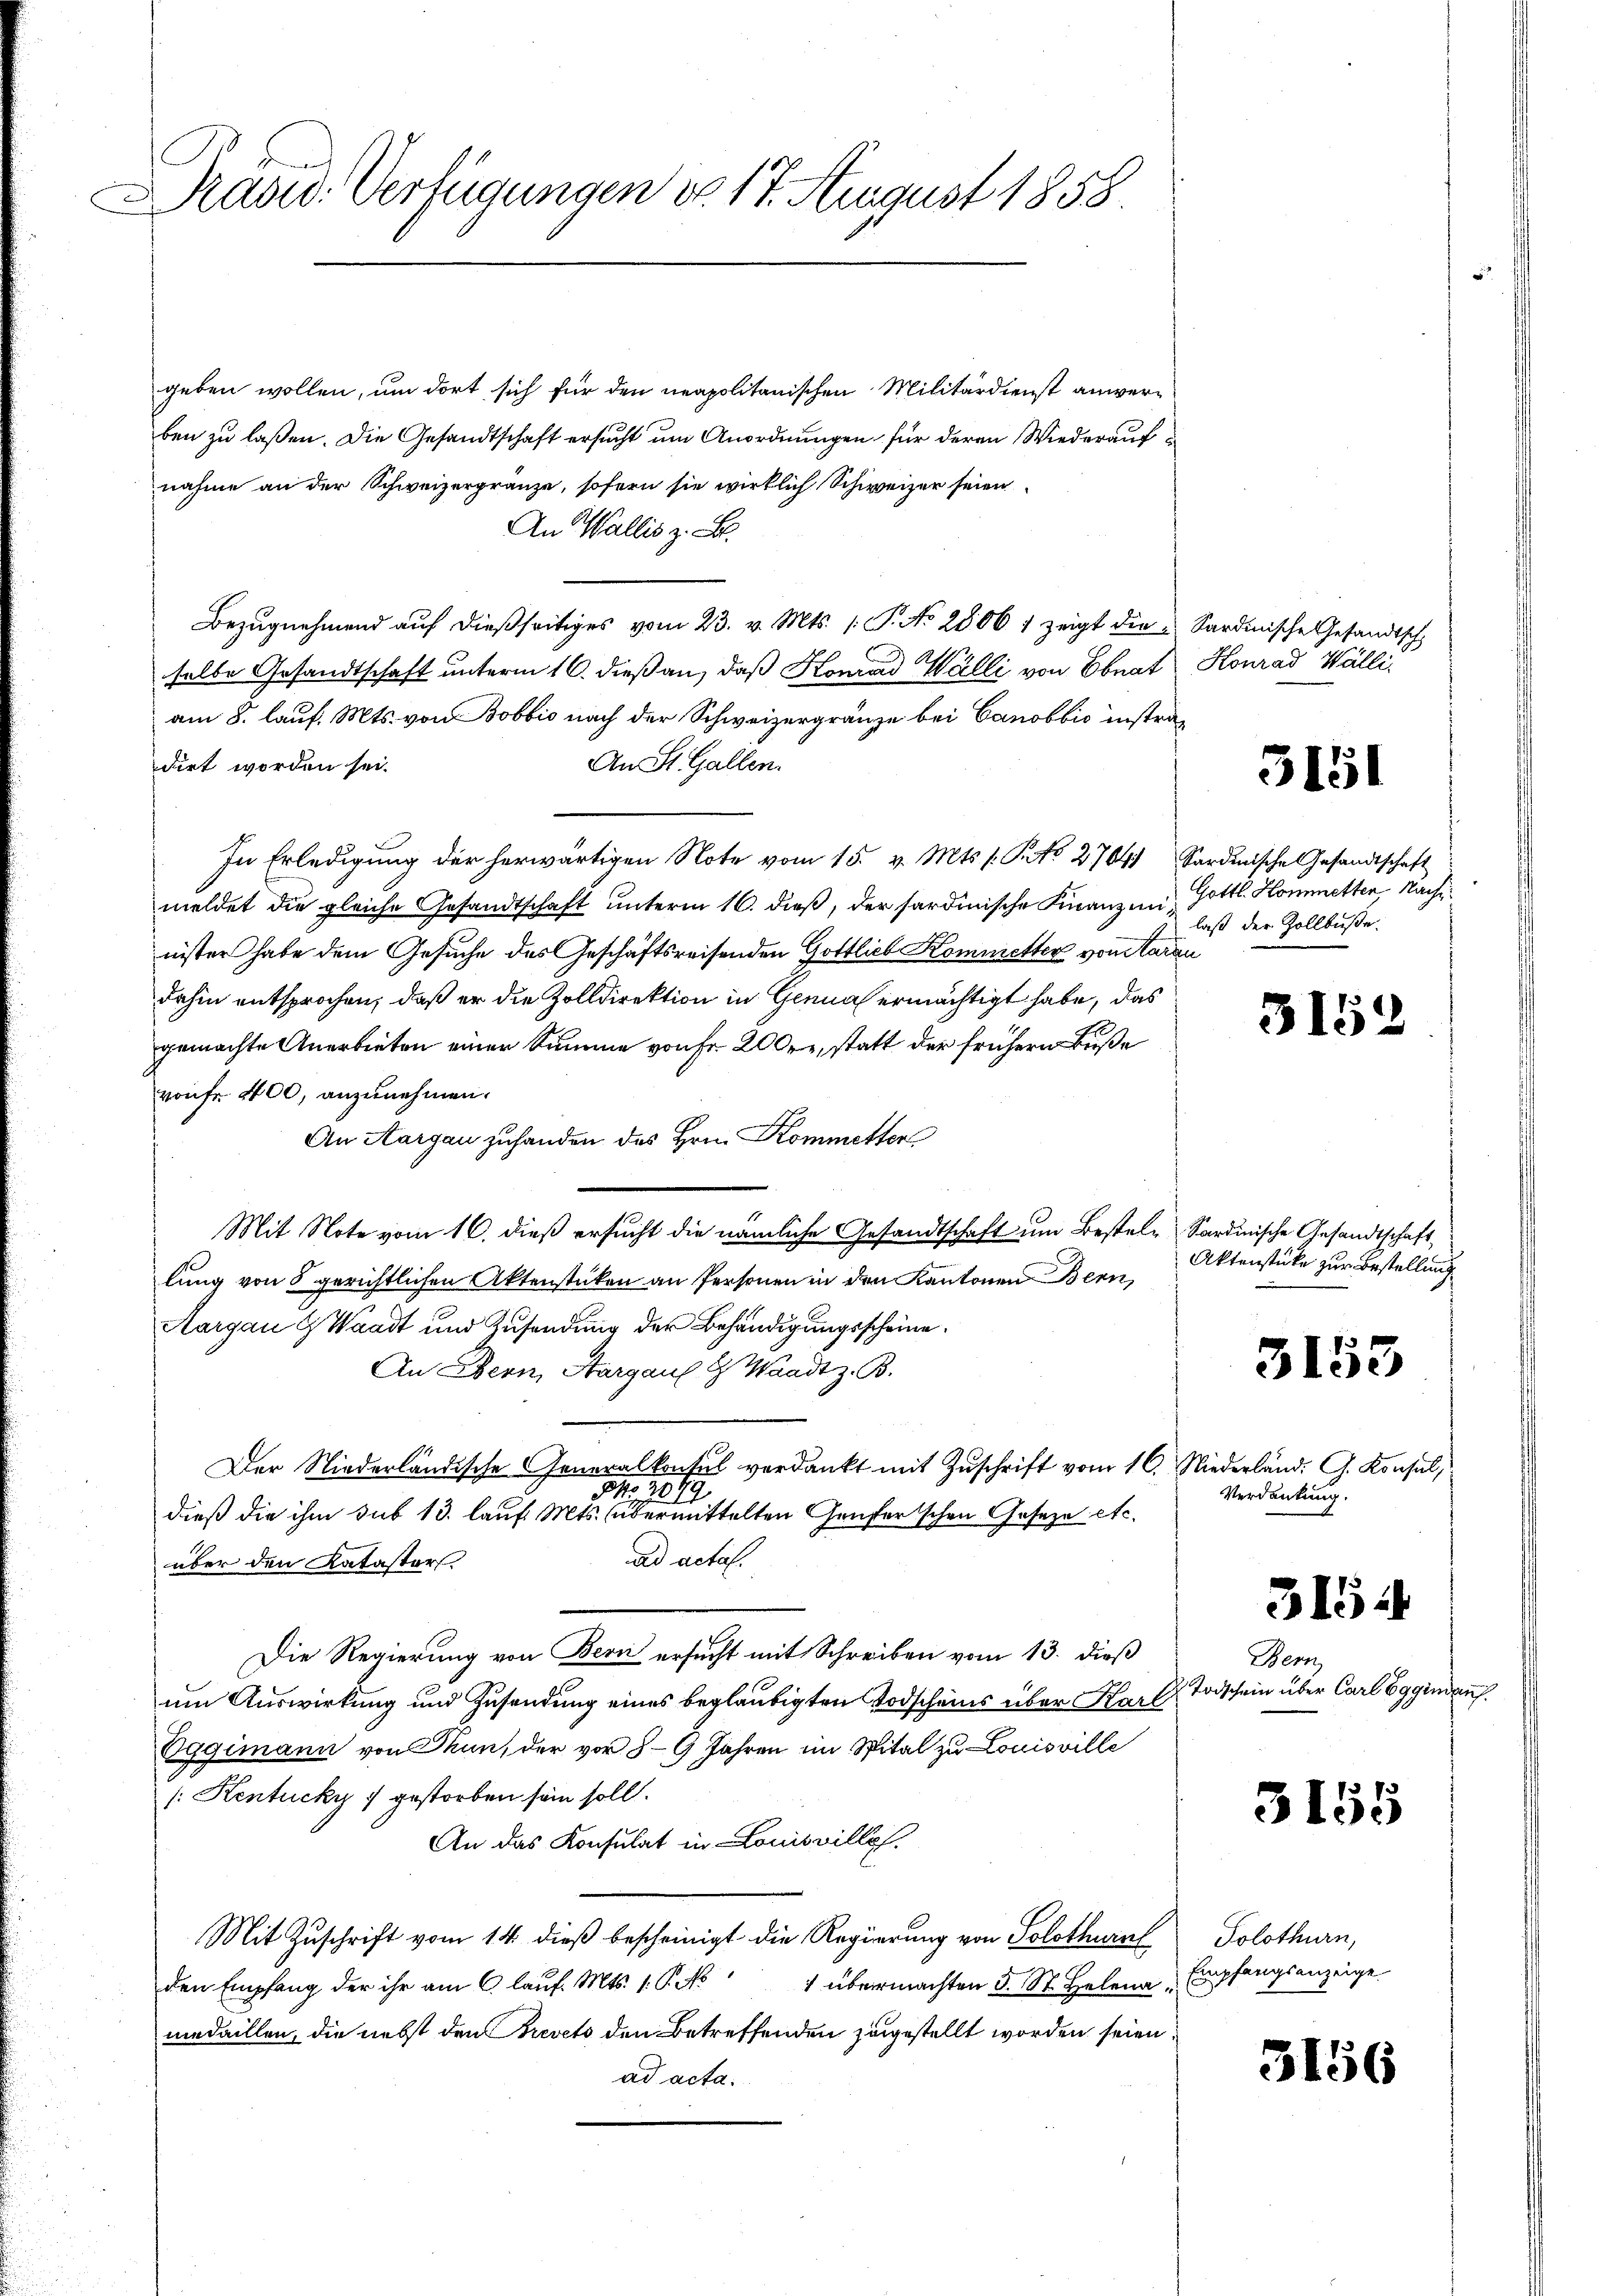
Präsid. Verfügungen do 17. August 1858.

geben wollen, um dort sich für den neapolitanischen Militärdienst anwerben zu laßen. Die Gesandtschaft ersucht um Anordnungen für deren Wiederaufnahme an der Schweizergränze, sofern sie wirklich Schweizer seien
An Wallis z. B.
Bezugnahmend auf dießseitiges vom 23. v. Mts. /: P. No 2506 : zeigt die Sardinische Gesandtsch
selbe Gesandtschaft unterm 16. dieß an, daß Konrad Walli von Ebnat
am 8. lauf. Mts. von Bobbio nach der Schweizergränze bei Canobbio instradirt worden sei.
An St. Gallen.
In Erledigung der herwärtigen Note vom 15. v. Mts. s. S. 2764 Sardinische Gesandtschaft
meldet die gleiche Gesandtschaft unterm 16. dieß, der sardinische Finanzminister habe dem Gesuche des Geschäftsreisenden Gottlich Kommetter von Aarau
dahin entsprochen, daß er die Zolldirektion in Genua ermächtigt habe, das
gemachte Anerbieten einer Summe von Fr. 200, statt der frühern Buße
von fr. 400, anzunehmen.
An Aargau zuhanden des Hrn. Kommetter
Mit Note vom 16. dieß ersucht die nämliche Gesandtschaft um Bestel- Sardinische Gesandtschaft
lung von 8 gerichtlichen Aktenstüken an Personen in den Kantonen Bern,
Aargau & Waadt und Zusendung der Behändigungsscheine
An Obern, Aargau & Waadt z. B.
Der Niederländische Generalkonsul verdankt mit Zuschrift vom 16. Niederländ. G. Konsul,
M. 1879
dieß die ihm sub 13. lauf Mts. übermittelten Genferischen Gesetze etc.
ad actal.
über den Katastors.
Die Regierung von Bern ersucht mit Schreiben vom 13. dieß
um Auswirkung und Zusendung eines beglaubigten Todscheins über Karl
Eggimann von Thun, der vor 8-9 Jahren im Spital zu Louisville
/: Kentucky 7 gestorben sein soll.
An das Konsulat in Louisvillh.
Mit Zuschrift vom 14. dieß bescheinigt die Regierung von Solothurn
1 übermachten 5. St. Helena, Empfangsanzeige
den Empfang der ihr am 6. lauf. Mts. 1. P. N
medaillen, die nebst den Brevets den Betreffenden zugestellt worden seien,
ad acta.

Konrad Walli,

3151

Gottl. Hommetten Nach
laß der Zollbuße.

3152

Aktenstücke zur Bestellung

3153

Verdankung.

315

Bern,
 Todschein über Carl Eggindan

3155

Solothurn,

3156